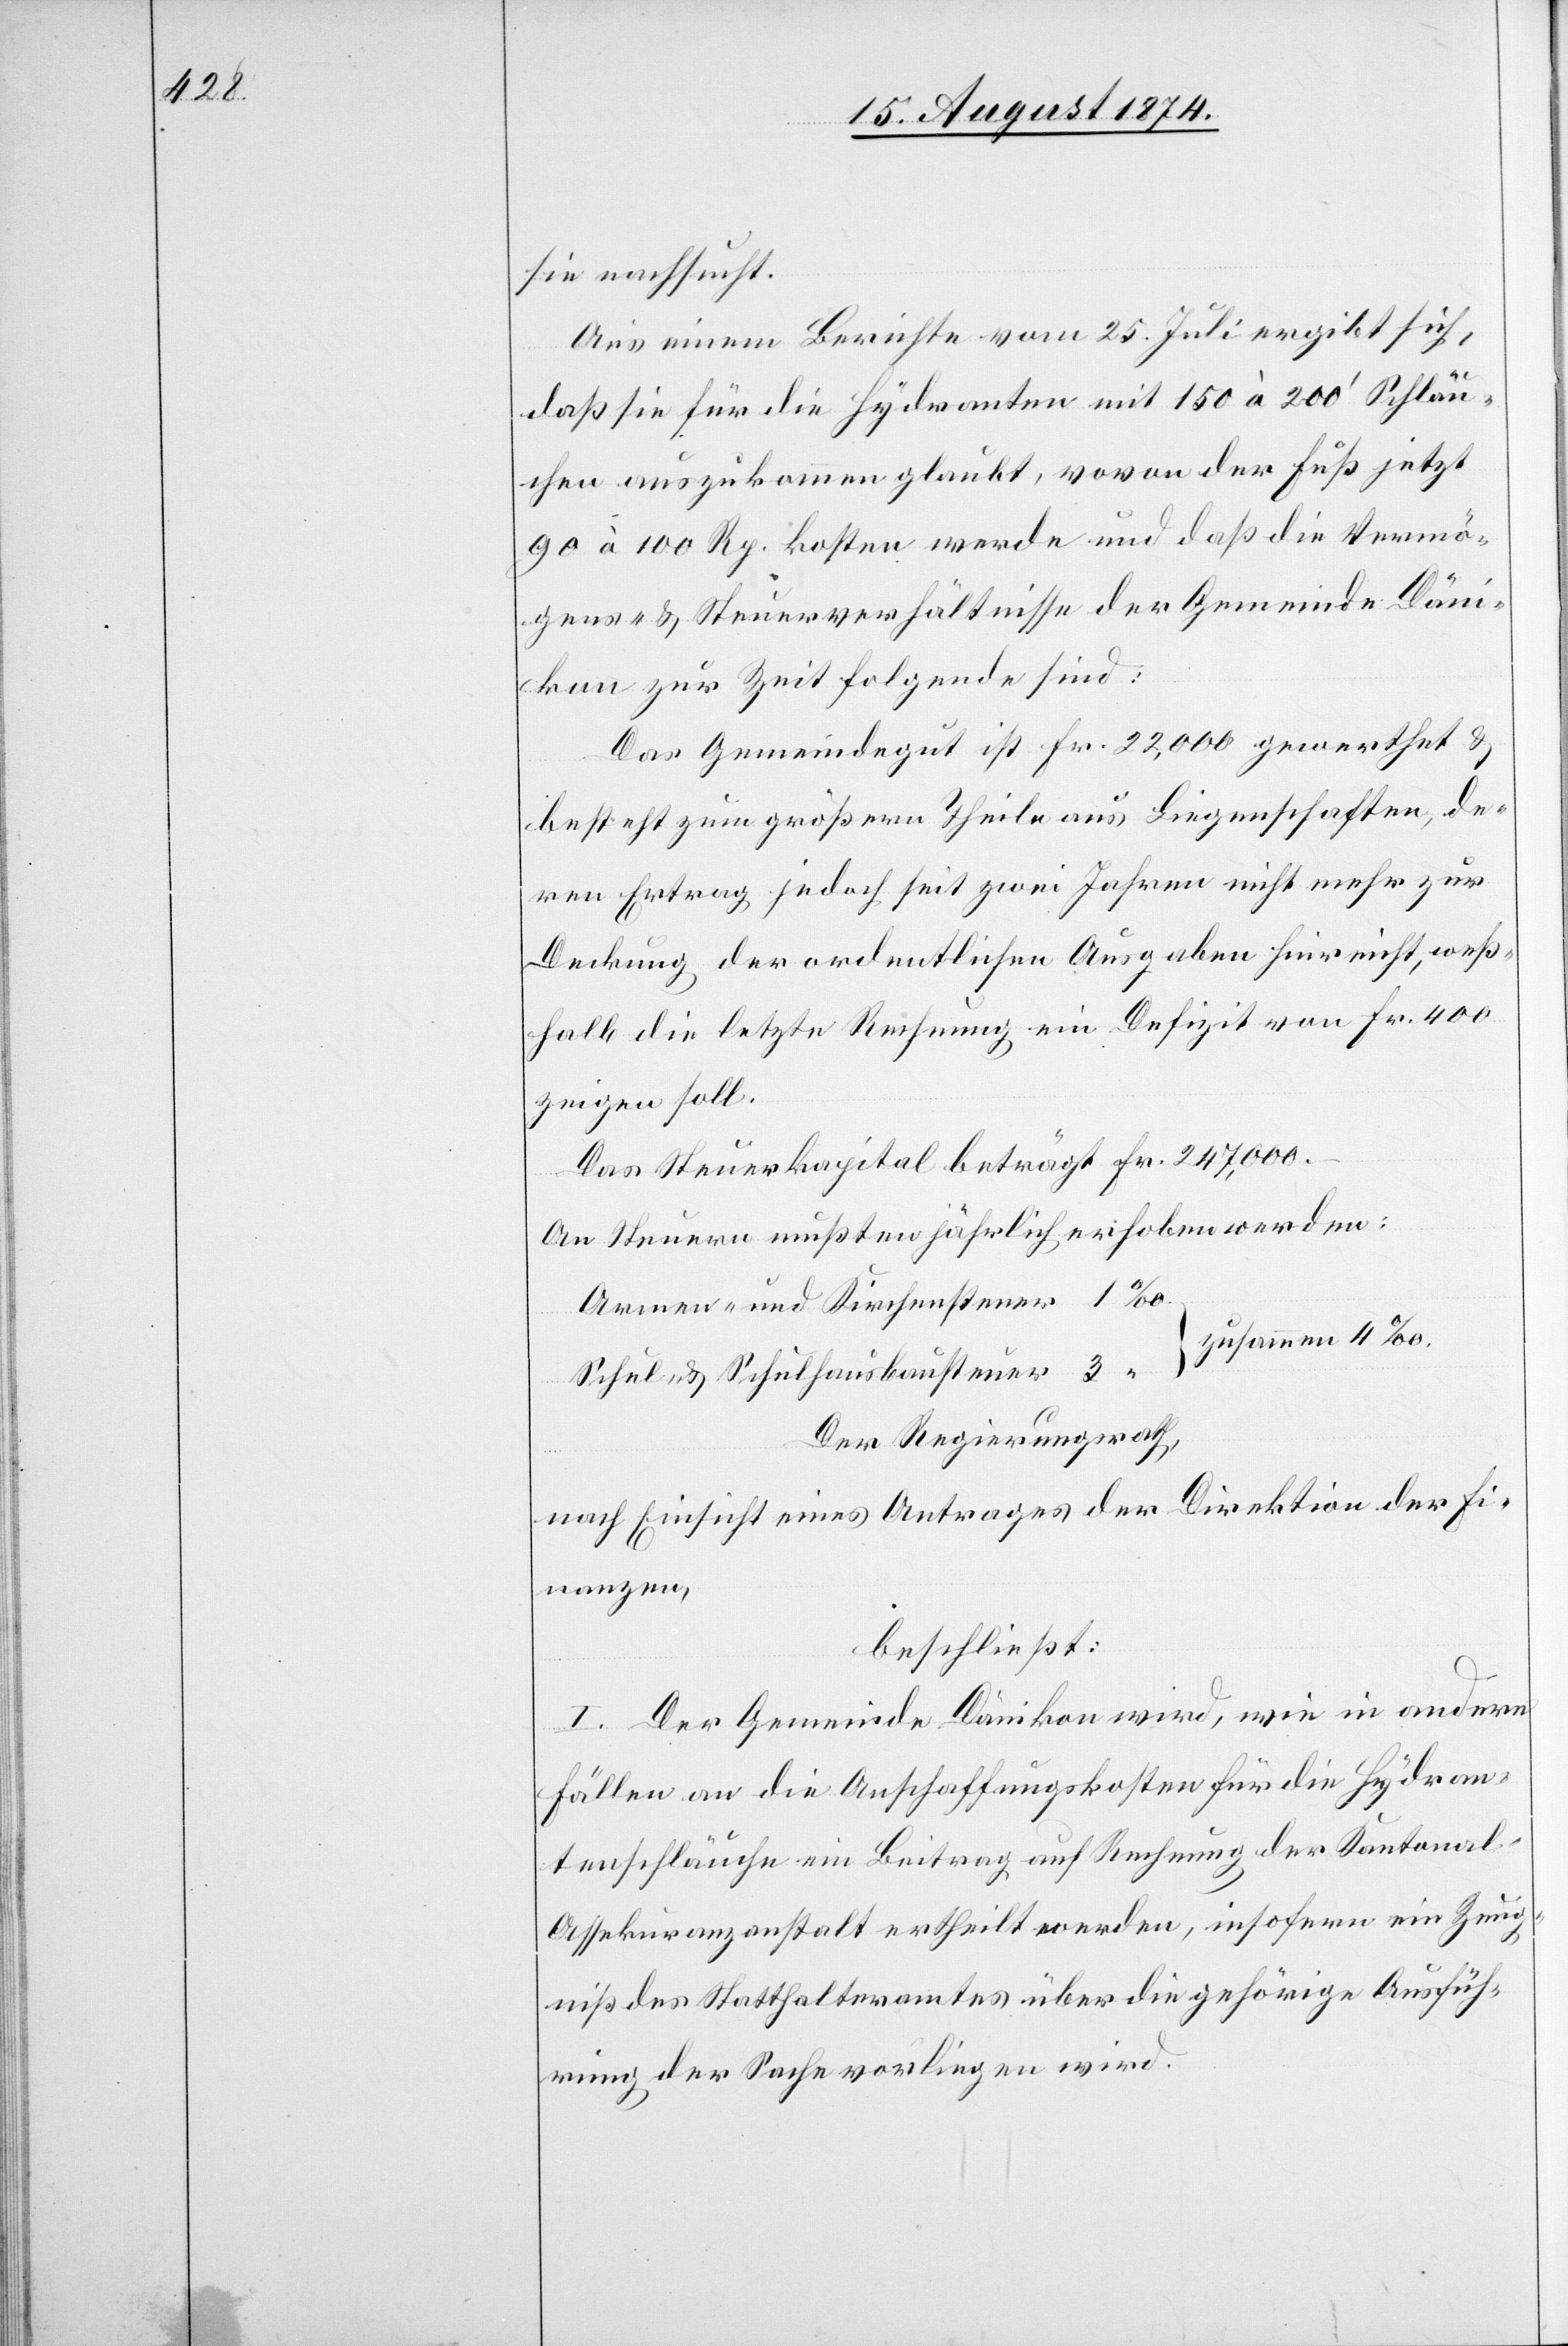
sie nachsucht.
Aus einem Bericht vom 25. Juli ergibt sich,
daß sie für die Hydranten mit 150 à 200‘ Schläu¬
chen auszukommen glaubt, wovon der Fuß jetzt
90 à 100 Rp. kosten werde und daß die Vermö¬
gens- u. Steuerverhältnisse der Gemeinde Däni¬
kon zur Zeit folgende sind:
Das Gemeindegut ist Fr. 22,000 gewerthet u.
besteht zum größern Theile aus Liegenschaften, de¬
ren Ertrag jedoch seit zwei Jahren nicht mehr zur
Deckung der ordentlichen Ausgaben hinreicht, weß¬
halb die letzte Rechnung ein Defizit von Fr. 400
zeigen soll.
Das Steuerkapital beträgt Fr. 247,000.–
An Steuern mußten jährlich erhoben werden:
Armen- und Kirchensteuer
zusammen 4‰
Schul- u. Schulhausbausteuer
Der Regierungsrath,
nach Einsicht eines Antrages der Direktion der Fi¬
nanzen,
beschließt:
I. Der Gemeinde Dänikon wird, wie in andern
Fällen an die Anschaffungskosten für die Hydran¬
tenschläuche ein Beitrag auf Rechnung der Kantonal-A¬
ssekuranzanstalt ertheilt werden, insofern ein Zeug¬
niß des Statthalteramtes über die gehörige Ausfüh¬
rung der Sache vorliegen wird.